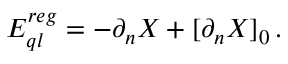
E _ { q l } ^ { r e g } = - \partial _ { n } X + [ \partial _ { n } X ] _ { 0 } \, .